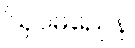
ဩပမညေန